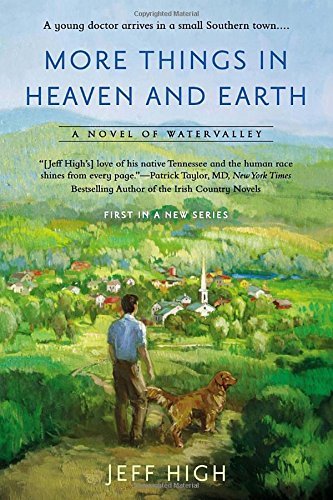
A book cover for More Things in Heaven and Earth: A Novel of Watervalley; Jeff High; Literature & Fiction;